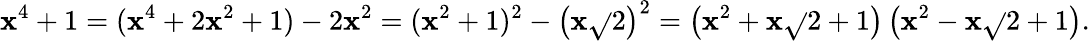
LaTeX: \mathbf{x}^{4}+1=(\mathbf{x}^{4}+2\mathbf{x}^{2}+1)-2\mathbf{x}^{2}=(\mathbf{x}^{2}+1)^{2}-\left(\mathbf{x}{\sqrt{}{{2}}}\right)^{2}=\left(\mathbf{x}^{2}+\mathbf{x}{\sqrt{}{{2}}}+1\right)\left(\mathbf{x}^{2}-\mathbf{x}{\sqrt{}{{2}}}+1\right).